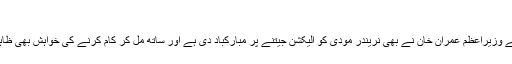
‘
پاکستان کے وزیراعظم عمران خان نے بھی نریندر مودی کو الیکشن جیتنے پر مبارکباد دی ہے اور ساتھ مل کر کام کرنے کی خواہش بھی ظاہر کی ہے۔